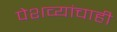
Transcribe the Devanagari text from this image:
पेशव्यांचाही